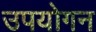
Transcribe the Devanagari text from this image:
उपयोगन